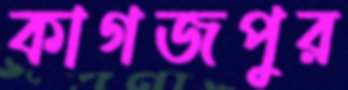
কাগজপুর